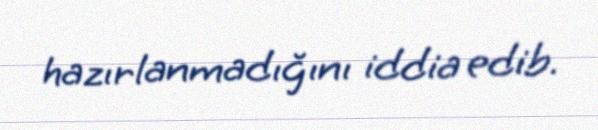
hazırlanmadığını iddia edib.